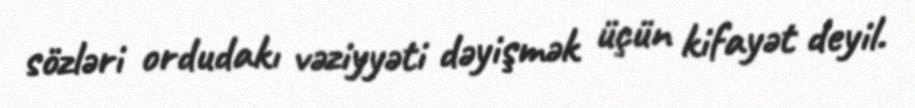
sözləri ordudakı vəziyyəti dəyişmək üçün kifayət deyil.